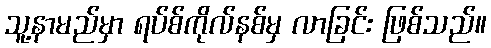
သူ့နာမည်မှာ ရပ်စ်ကိုလ်နစ်မှ လာခြင်း ဖြစ်သည်။